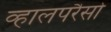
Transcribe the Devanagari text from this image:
व्हालपरैसो